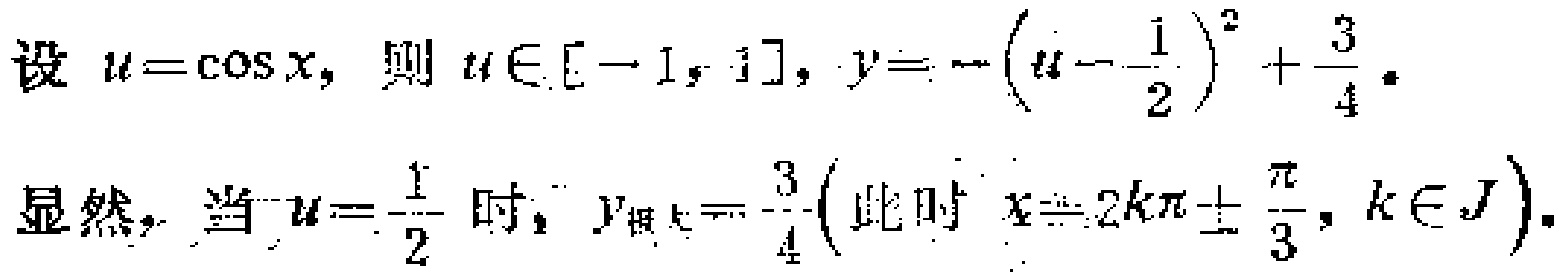
设 \(u = \cos x\)，则 \(u\in[-1,1]\)，\(y = -\left(u - \frac{1}{2}\right)^2+\frac{3}{4}\)。
显然，当 \(u = \frac{1}{2}\) 时，\(y_{\text{极大}}=\frac{3}{4}\left(\text{此时 }x = 2k\pi\pm\frac{\pi}{3},k\in\mathbb{Z}\right)\)。